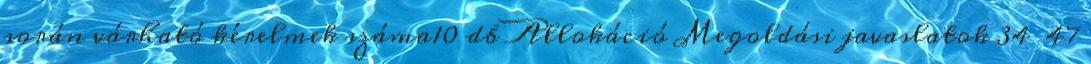
során várható kérelmek száma10 db Allokáció Megoldási javaslatok 34 47